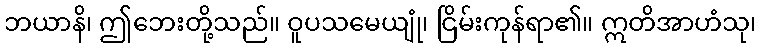
ဘယာနိ၊ ဤဘေးတို့သည်။ ဝူပသမေယျုံ၊ ငြိမ်းကုန်ရာ၏။ ဣတိအာဟံသု၊